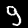
Label: 9